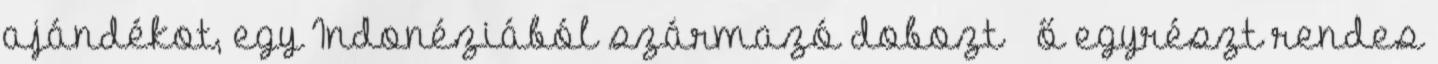
ajándékot, egy Indonéziából származó dobozt – ő egyrészt rendes